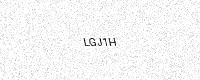
Text: LGJ1H